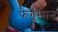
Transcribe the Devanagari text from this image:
फेर्गुस्सन